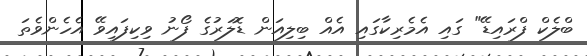
ބްލެކް ފްރައިޑޭ" ގައި އެމެރިކާގައި އެއް ބިލިއަން ޑޮލަރުގެ ފޯނު ވިކިފައިވޭ އެހެންވެތަ